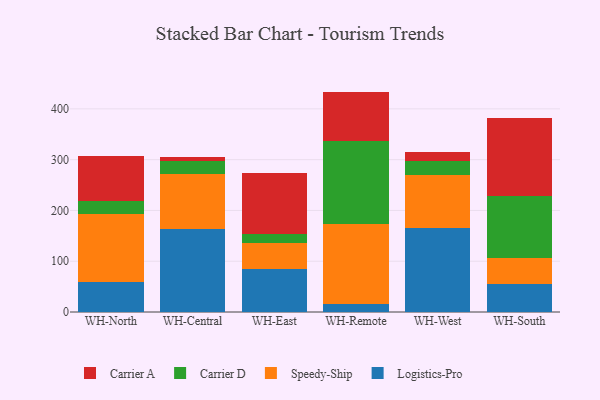
{"axis": {"x": "Warehouse", "y": "Page Views"}, "legend": ["Carrier A", "Carrier D", "Logistics-Pro", "Speedy-Ship"], "data": [{"x": "WH-North", "y": 60.0, "type": "Logistics-Pro"}, {"x": "WH-North", "y": 132.4, "type": "Speedy-Ship"}, {"x": "WH-North", "y": 26.5, "type": "Carrier D"}, {"x": "WH-North", "y": 87.9, "type": "Carrier A"}, {"x": "WH-Central", "y": 163.4, "type": "Logistics-Pro"}, {"x": "WH-Central", "y": 108.5, "type": "Speedy-Ship"}, {"x": "WH-Central", "y": 26.3, "type": "Carrier D"}, {"x": "WH-Central", "y": 7.1, "type": "Carrier A"}, {"x": "WH-East", "y": 85.0, "type": "Logistics-Pro"}, {"x": "WH-East", "y": 50.7, "type": "Speedy-Ship"}, {"x": "WH-East", "y": 17.5, "type": "Carrier D"}, {"x": "WH-East", "y": 120.8, "type": "Carrier A"}, {"x": "WH-Remote", "y": 15.5, "type": "Logistics-Pro"}, {"x": "WH-Remote", "y": 157.4, "type": "Speedy-Ship"}, {"x": "WH-Remote", "y": 163.9, "type": "Carrier D"}, {"x": "WH-Remote", "y": 97.2, "type": "Carrier A"}, {"x": "WH-West", "y": 164.9, "type": "Logistics-Pro"}, {"x": "WH-West", "y": 104.1, "type": "Speedy-Ship"}, {"x": "WH-West", "y": 28.1, "type": "Carrier D"}, {"x": "WH-West", "y": 17.5, "type": "Carrier A"}, {"x": "WH-South", "y": 54.4, "type": "Logistics-Pro"}, {"x": "WH-South", "y": 51.9, "type": "Speedy-Ship"}, {"x": "WH-South", "y": 122.9, "type": "Carrier D"}, {"x": "WH-South", "y": 153.8, "type": "Carrier A"}]}